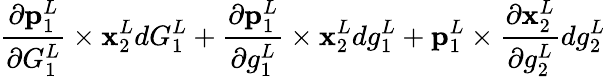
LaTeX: \frac{\partial\mathbf{p}_{1}^{L}}{\partial G_{1}^{L}}\times\mathbf{x}_{2}^{L}dG_{1}^{L}+\frac{\partial\mathbf{p}_{1}^{L}}{\partial g_{1}^{L}}\times\mathbf{x}_{2}^{L}dg_{1}^{L}+\mathbf{p}_{1}^{L}\times\frac{\partial\mathbf{x}_{2}^{L}}{\partial g_{2}^{L}}dg_{2}^{L}